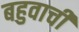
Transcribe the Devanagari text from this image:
बहुवाची